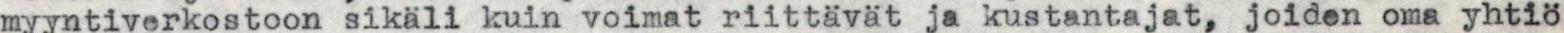
myyntiverkostoon sikäli kuin voimat riittävät ja kustantajat, joiden oma yhtiö